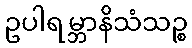
ဥပါရမ္ဘာနိသံသဉ္စ